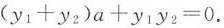
$$(y_{1}+y_{2})a+y_{1}y_{2}=0$$.